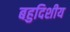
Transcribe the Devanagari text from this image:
बहुदिशीय